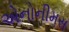
એનોનીમસ